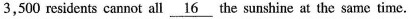
3,500 residents cannot all \underline{16} the sunshine at the same time.